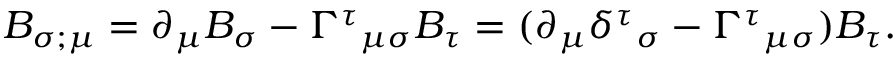
B _ { \sigma ; \mu } = \partial _ { \mu } B _ { \sigma } - \Gamma ^ { \tau } { } _ { \mu \sigma } B _ { \tau } = ( \partial _ { \mu } \delta ^ { \tau } { } _ { \sigma } - \Gamma ^ { \tau } { } _ { \mu \sigma } ) B _ { \tau } .